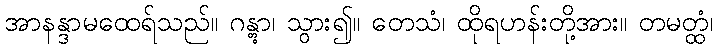
အာနန္ဒာမထေရ်သည်။ ဂန္တွာ၊ သွား၍။ တေသံ၊ ထိုရဟန်းတို့အား။ တမတ္ထံ၊